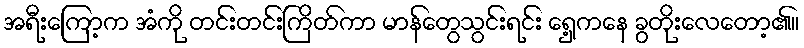
အရီးကြော့က အံကို တင်းတင်းကြိတ်ကာ မာန်တွေသွင်းရင်း ရှေ့ကနေ ခွတိုးလေတော့၏။